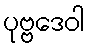
ပုဗ္ဗဒေဝါ